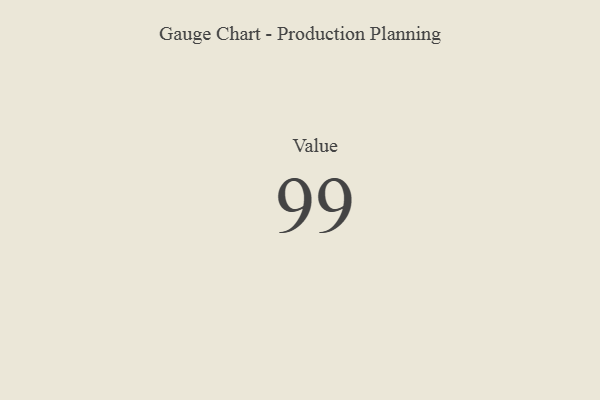
{"axis": {"x": "Metric", "y": "Value"}, "legend": [""], "data": [{"x": "Value", "y": 99, "type": ""}]}